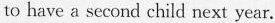
to have a second child next year.